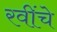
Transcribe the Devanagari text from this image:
रवींचे